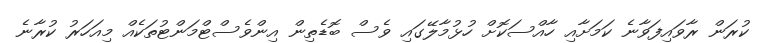
ކުރަން ރާވައިފަވާނެ ކަމަށާއި ހާއްސަކޮށް ހުޅުމާލޭގައި ވެސް ބޮޑެތިން އިންވެސްޓްމަންޓުތަކެއް މިއަހަރު ކުރާނެ